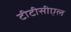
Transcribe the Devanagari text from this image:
टीटीसीएल